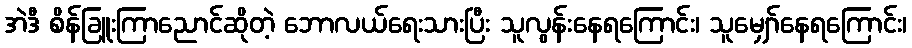
အဲဒီ စိန်ခြူးကြာညောင်ဆိုတဲ့ ဘောလယ်ရေးသားပြီး သူလွန်းနေရကြောင်း၊ သူမျှော်နေရကြောင်း၊